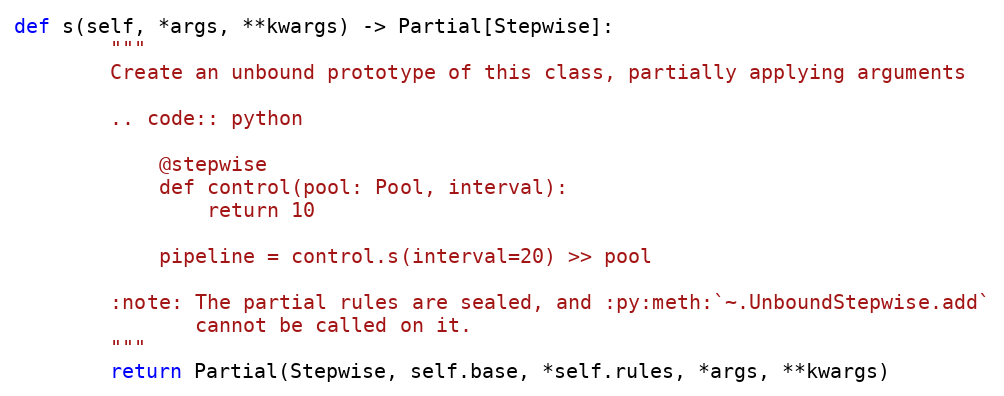
Language: Python
def s(self, *args, **kwargs) -> Partial[Stepwise]:
        """
        Create an unbound prototype of this class, partially applying arguments

        .. code:: python

            @stepwise
            def control(pool: Pool, interval):
                return 10

            pipeline = control.s(interval=20) >> pool

        :note: The partial rules are sealed, and :py:meth:`~.UnboundStepwise.add`
               cannot be called on it.
        """
        return Partial(Stepwise, self.base, *self.rules, *args, **kwargs)